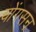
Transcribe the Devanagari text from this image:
योंगसन